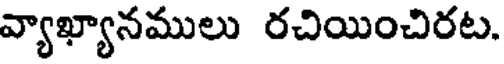
వ్యాఖ్యానములు రచియించిరట.